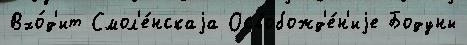
Вхо́д'ит Смол'е́нскаjа Освобожд'е́н'иjе Бодуны